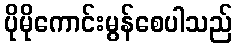
ပိုမိုကောင်းမွန်စေပါသည်